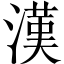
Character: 漢